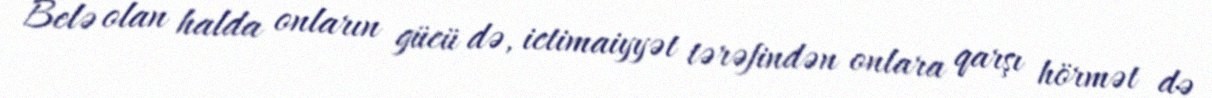
Belə olan halda onların gücü də, ictimaiyyət tərəfindən onlara qarşı hörmət də